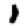
Digit: 1